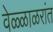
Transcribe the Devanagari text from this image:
वेळ्ळाळरांत